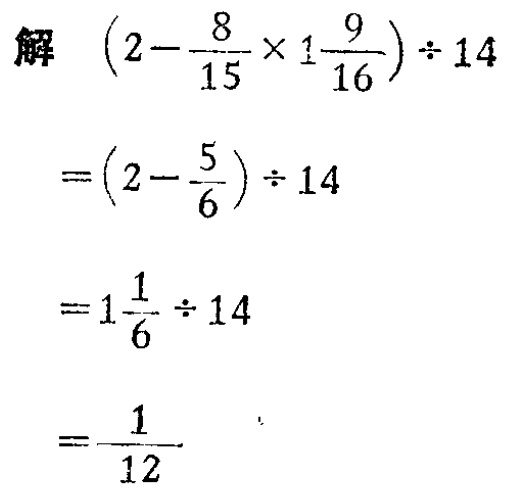
\[

\begin{align*}

&解\ \left(2 - \frac{8}{15}×1\frac{9}{16}\right)÷14\\

=&\left(2 - \frac{5}{6}\right)÷14\\

=&1\frac{1}{6}÷14\\

=&\frac{1}{12}

\end{align*}

\]